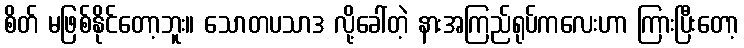
စိတ် မဖြစ်နိုင်တော့ဘူး။ သောတပသာဒ လို့ခေါ်တဲ့ နားအကြည်ရုပ်ကလေးဟာ ကြားပြီးတော့